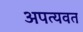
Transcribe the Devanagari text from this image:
अपत्यवत